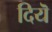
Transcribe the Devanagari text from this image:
दियॆ